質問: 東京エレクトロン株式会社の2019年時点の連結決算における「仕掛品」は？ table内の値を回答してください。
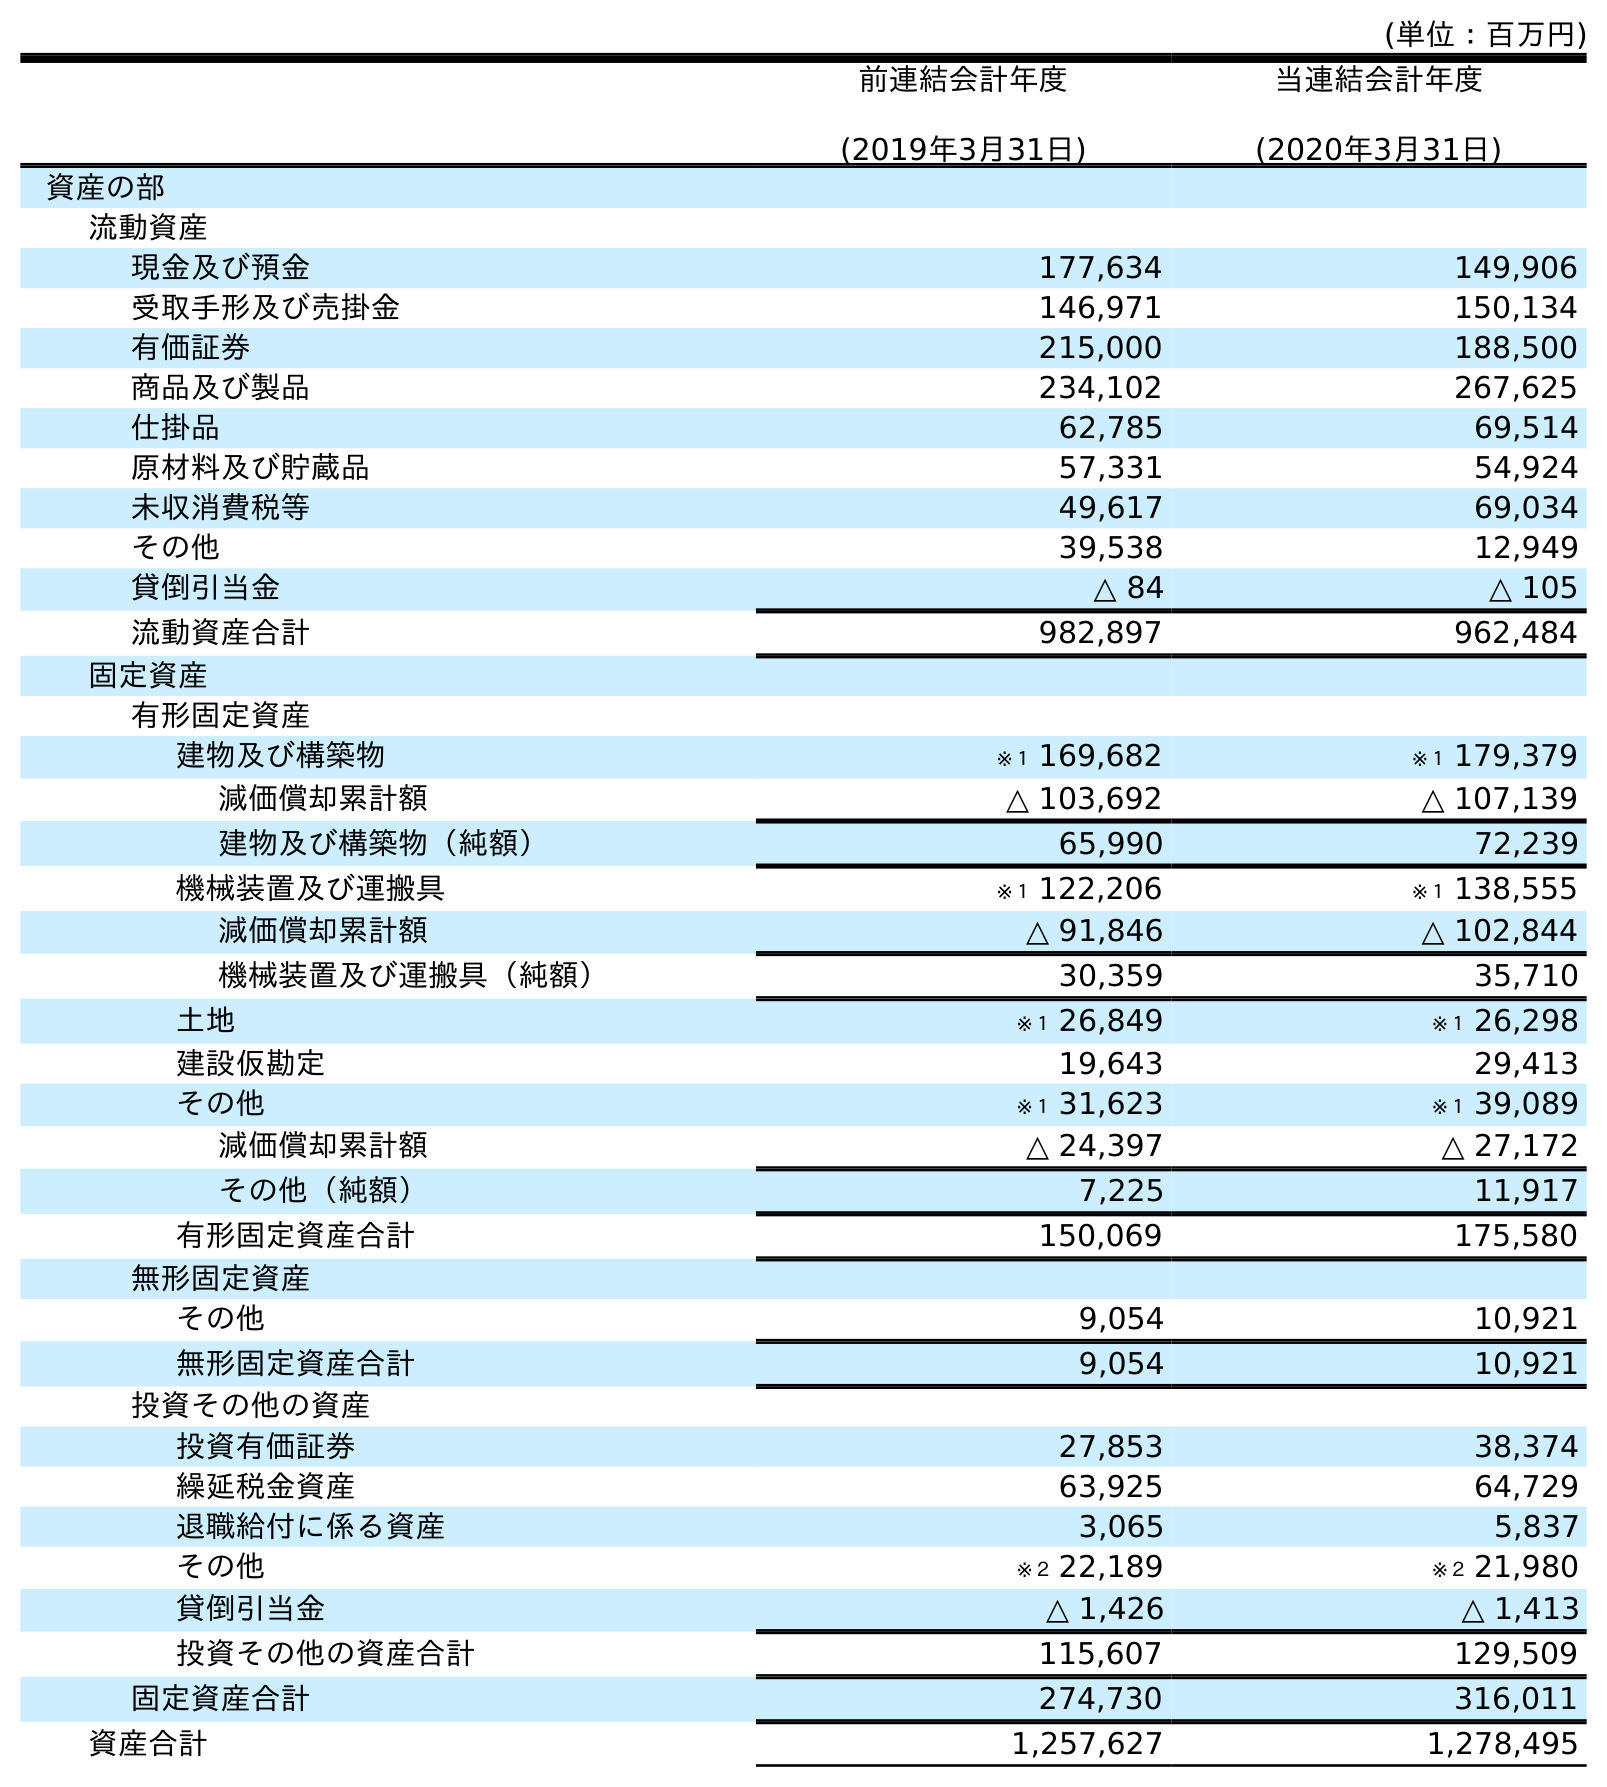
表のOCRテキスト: (単位：百万円) 前連結会計年度 (2019年3月31日) 当連結会計年度 (2020年3月31日) 資産の部 流動資産 現金及び預金 177,634 149,906 受取手形及び売掛金 146,971 150,134 有価証券 215,000 188,500 商品及び製品 234,102 267,625 仕掛品 62,785 69,514 原材料及び貯蔵品 57,331 54,924 未収消費税等 49,617 69,034 その他 39,538 12,949 貸倒引当金 △ 84 △ 105 流動資産合計 982,897 962,484 固定資産 有形固定資産 建物及び構築物 ※１ 169,682 ※１ 179,379 減価償却累計額 △ 103,692 △ 107,139 建物及び構築物（純額） 65,990 72,239 機械装置及び運搬具 ※１ 122,206 ※１ 138,555 減価償却累計額 △ 91,846 △ 102,844 機械装置及び運搬具（純額） 30,359 35,710 土地 ※１ 26,849 ※１ 26,298 建設仮勘定 19,643 29,413 その他 ※１ 31,623 ※１ 39,089 減価償却累計額 △ 24,397 △ 27,172 その他（純額） 7,225 11,917 有形固定資産合計 150,069 175,580 無形固定資産 その他 9,054 10,921 無形固定資産合計 9,054 10,921 投資その他の資産 投資有価証券 27,853 38,374 繰延税金資産 63,925 64,729 退職給付に係る資産 3,065 5,837 その他 ※２ 22,189 ※２ 21,980 貸倒引当金 △ 1,426 △ 1,413 投資その他の資産合計 115,607 129,509 固定資産合計 274,730 316,011 資産合計 1,257,627 1,278,495
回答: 62,785